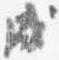
盛